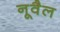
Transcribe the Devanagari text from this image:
नूवैल